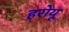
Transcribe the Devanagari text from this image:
हरोयू